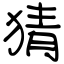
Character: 猜